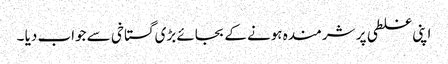
اپنی غلطی پر شرمندہ ہونے کے بجائے بڑی گستاخی سے جواب دیا ۔